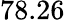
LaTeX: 78.26